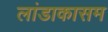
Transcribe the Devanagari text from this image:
लांडाकासम